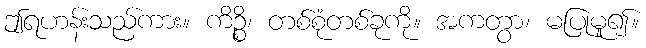
ဤရဟန်းသည်ကား။ ကိဉ္စိ၊ တစ်စုံတစ်ခုကို။ အကတွာ၊ မပြုမူ၍။